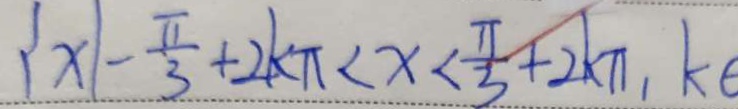
\{ x \vert - \frac { \pi } { 3 } + 2 k \pi < x < \frac { \pi } { 3 } + 2 k \pi , k \theta